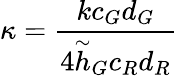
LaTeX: \kappa=\frac{kc_{G}d_{G}}{4\stackrel{\sim}{h}_{G}c_{R}d_{R}}